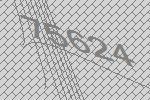
75624